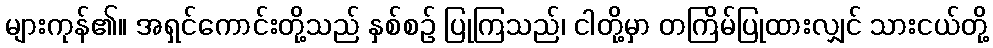
များကုန်၏။ အရှင်ကောင်းတို့သည် နှစ်စဉ် ပြုကြသည်၊ ငါတို့မှာ တကြိမ်ပြုထားလျှင် သားငယ်တို့